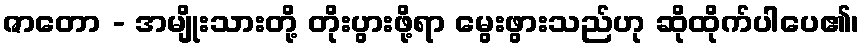
ဇာတော - အမျိုးသားတို့ တိုးပွားဖို့ရာ မွေးဖွားသည်ဟု ဆိုထိုက်ပါပေ၏၊